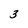
Character: 3